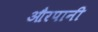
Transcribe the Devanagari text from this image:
औरपानी